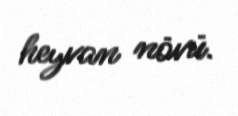
heyvan növü.